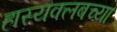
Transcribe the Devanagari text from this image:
हास्यक्लबच्या